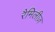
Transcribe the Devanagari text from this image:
रैमिलीज़